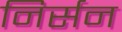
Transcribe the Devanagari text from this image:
निर्सन